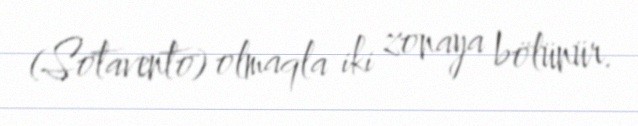
(Sotavento) olmaqla iki zonaya bölünür.